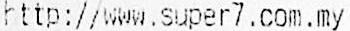
HTTP://WWW.SUPER7.COM.MY